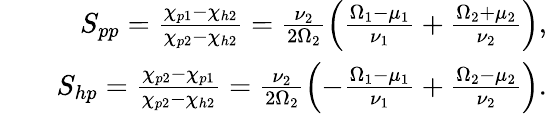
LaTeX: \begin{array}{rlr}&{}&{S_{pp}=\frac{\chi_{p1}-\chi_{h2}}{\chi_{p2}-\chi_{h2}}=\frac{\nu_{2}}{2\Omega_{2}}\left(\frac{\Omega_{1}-\mu_{1}}{\nu_{1}}+\frac{\Omega_{2}+\mu_{2}}{\nu_{2}}\right),}\\ &{}&{S_{hp}=\frac{\chi_{p2}-\chi_{p1}}{\chi_{p2}-\chi_{h2}}=\frac{\nu_{2}}{2\Omega_{2}}\left(-\frac{\Omega_{1}-\mu_{1}}{\nu_{1}}+\frac{\Omega_{2}-\mu_{2}}{\nu_{2}}\right).}\end{array}